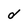
Character: d